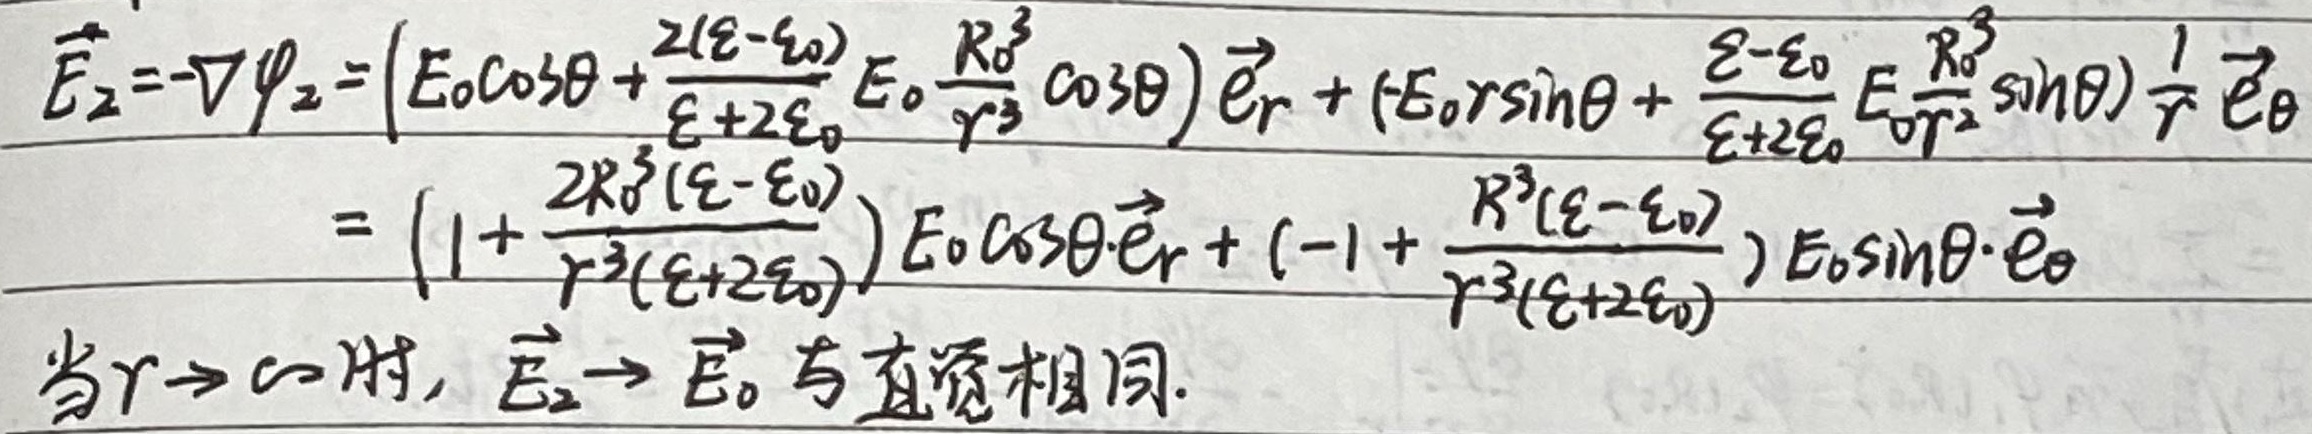
\(\vec{E}_{2}=-\nabla\varphi_{2}=\left(E_{0}\cos\theta+\frac{2(\varepsilon - \varepsilon_{0})}{\varepsilon + 2\varepsilon_{0}}E_{0}\frac{R_{0}^{3}}{r^{3}}\cos\theta\right)\vec{e}_{r}+\left(-E_{0}r\sin\theta+\frac{\varepsilon - \varepsilon_{0}}{\varepsilon + 2\varepsilon_{0}}E_{0}\frac{R_{0}^{3}}{r^{2}}\sin\theta\right)\frac{1}{r}\vec{e}_{\theta}\)

\(=\left(1+\frac{2R_{0}^{3}(\varepsilon - \varepsilon_{0})}{r^{3}(\varepsilon + 2\varepsilon_{0})}\right)E_{0}\cos\theta\vec{e}_{r}+\left(-1+\frac{R_{0}^{3}(\varepsilon - \varepsilon_{0})}{r^{3}(\varepsilon + 2\varepsilon_{0})}\right)E_{0}\sin\theta\vec{e}_{\theta}\)

当\(r\rightarrow\infty\)时，\(\vec{E}_{2}\rightarrow E_{0}\)，与直觉相同。